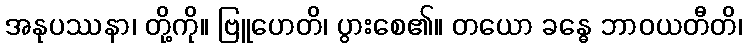
အနုပဿနာ၊ တို့ကို။ ဗြူဟေတိ၊ ပွားစေ၏။ တယော ခန္ဓေ ဘာဝယတီတိ၊